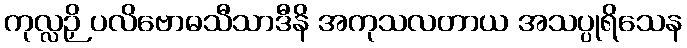
ကုလ္လဉှိ ပလိဗောဓသီသာဒီနိ အကုသလတာယ အသပ္ပုရိသေန